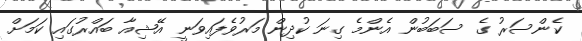
ކެންސަރު ގެ ސަބަބުން އެންމެ ގިނަ ކުދިން މަރުވެފައިވަނީ އޭޝިއާ ބައްރުގައި ކަމަށް